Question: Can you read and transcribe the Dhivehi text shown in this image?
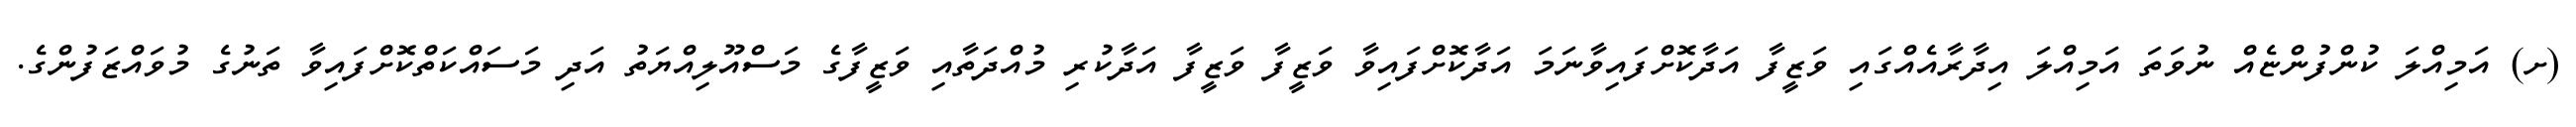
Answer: (ށ) އަމިއްލަ ކުންފުންޏެއް ނުވަތަ އަމިއްލަ އިދާރާއެއްގައި ވަޒީފާ އަދާކޮށްފައިވާނަމަ އަދާކޮށްފައިވާ ވަޒީފާ ވަޒީފާ އަދާކުރި މުއްދަތާއި ވަޒީފާގެ މަސްއޫލިއްޔަތު އަދި މަސައްކަތްކޮށްފައިވާ ތަނުގެ މުވައްޒަފުންގެ.